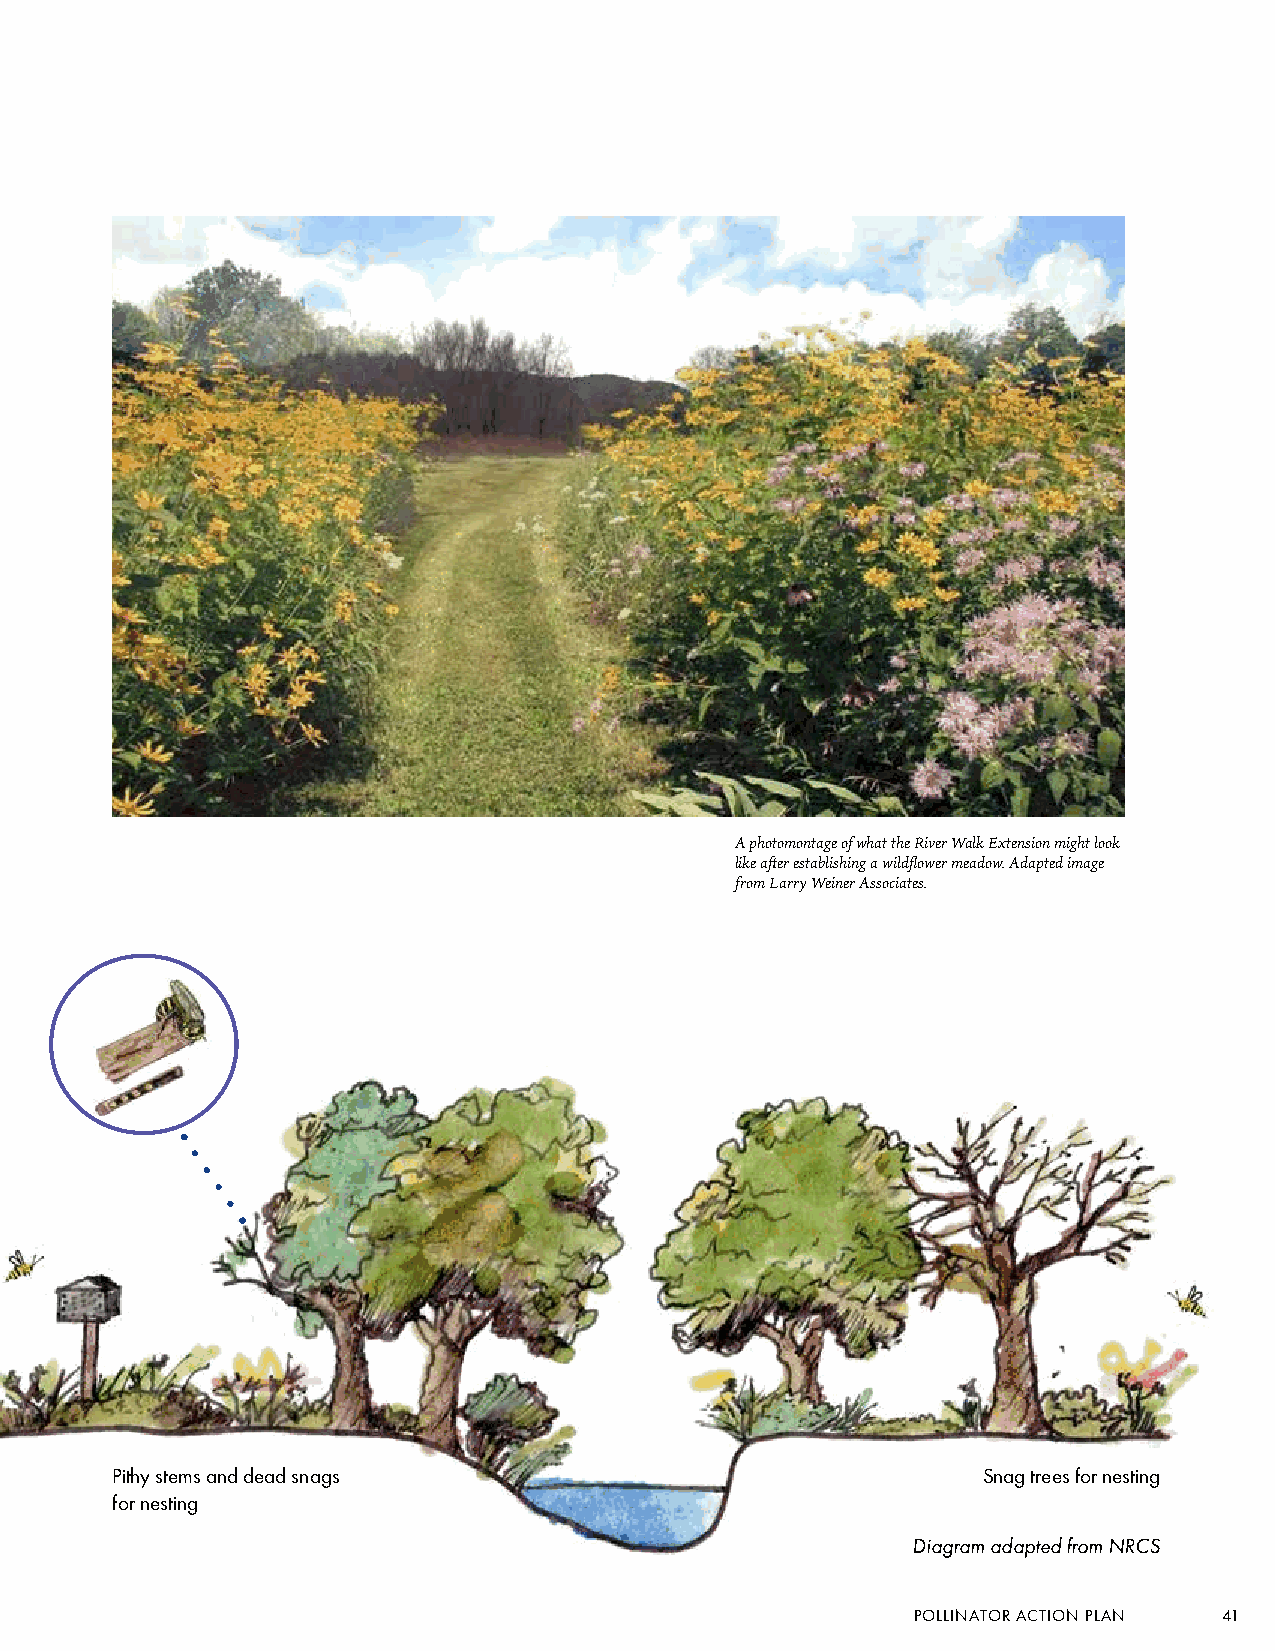
A photomontage of what the River Walk Extension might look
 like after establishing a wildflower meadow. Adapted image
 from Larry Weiner Associates.
 Native plantings Pithy stems and dead snags                      Snag trees for nesting
 for nesting
 Diagram adapted from NRCS
 POLLINATOR ACTION PLAN 41